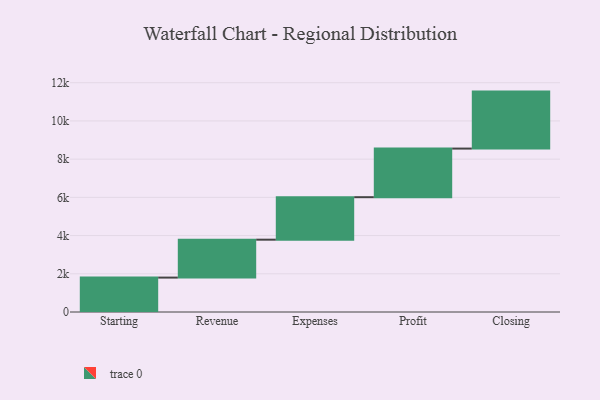
{"axis": {"x": "Step", "y": "Value"}, "legend": [""], "data": [{"x": "Starting", "y": 1801.0, "type": ""}, {"x": "Revenue", "y": 1984.0, "type": ""}, {"x": "Expenses", "y": 2224.0, "type": ""}, {"x": "Profit", "y": 2544.0, "type": ""}, {"x": "Closing", "y": 2982.0, "type": ""}]}